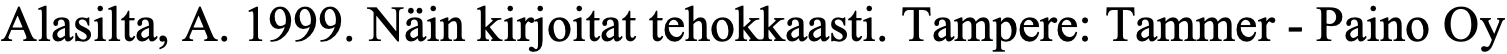
Alasilta, A. 1999. Näin kirjoitat tehokkaasti. Tampere: Tammer - Paino Oy